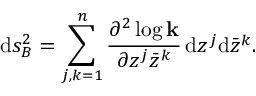
\mathrm { d } s _ { B } ^ { 2 } = \sum _ { j , k = 1 } ^ { n } { \frac { \partial ^ { 2 } \log { \bf k } } { \partial z ^ { j } \bar { z } ^ { k } } } \, \mathrm { d } z ^ { j } \mathrm { d } \bar { z } ^ { k } .